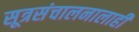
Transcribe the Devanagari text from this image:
सूत्रसंचालनालाही